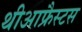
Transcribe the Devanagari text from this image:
थीआफ्रैस्टस